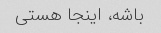
باشه، اینجا هستی